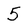
Character: 5